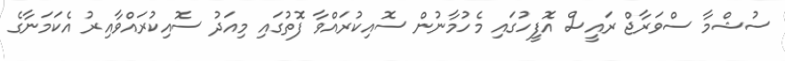
ސުޝްމާ ސްވަރާޖް ރައީސް އޮފީހުގައި މެހުމާނުން ސޮއިކުރައްވާ ފޮތުގައި މިއަދު ސޮއިކުރައްވާއިރު އެކަމަނާގެ